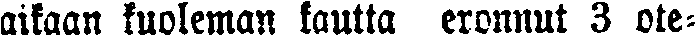
aikaan kuoleman kautta eronnut 3 ote-